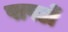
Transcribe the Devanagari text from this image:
पापडों